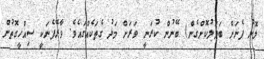
ލޮނު ފެނަށް ބަދަލުކޮށްގެން) ބޭނުން ކުރަނީ ވަރަށް މަދު ގެތަކެއްގައެވެ. ވާރޭފެނަކީ ސިއްހީގޮތުން